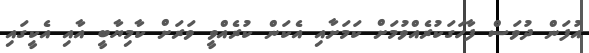
އުފަން ދުވަސް ފާހަގަކުރެއްވުމަށް ކަމަށާއި އެކަން ކުރެއްވީ ވަރަށް ކާމިޔާބީ އާއި އެކީގައި